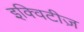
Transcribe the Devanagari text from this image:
इक्विटीज़